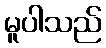
မူပါသည်